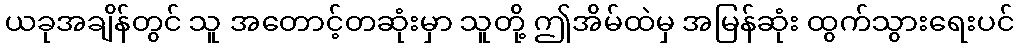
ယခုအချိန်တွင် သူ အတောင့်တဆုံးမှာ သူတို့ ဤအိမ်ထဲမှ အမြန်ဆုံး ထွက်သွားရေးပင်